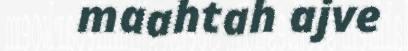
maahtah ajve